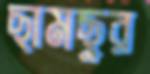
ছামছুর